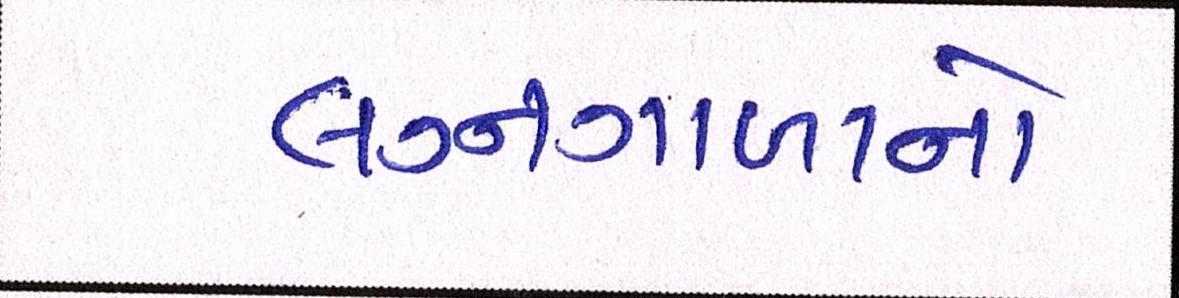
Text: લગ્નગાળાનો